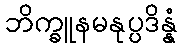
ဘိက္ခူနမနုပ္ပဒိန္နံ